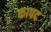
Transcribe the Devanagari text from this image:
कापद